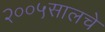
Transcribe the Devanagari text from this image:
२००५सालचे